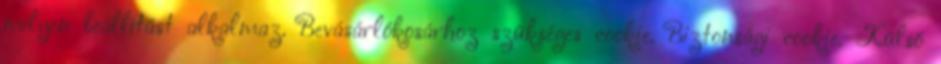
milyen beállítást alkalmaz. Bevásárlókosárhoz szükséges cookie. Biztonsági cookie. Külső